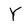
Character: Y